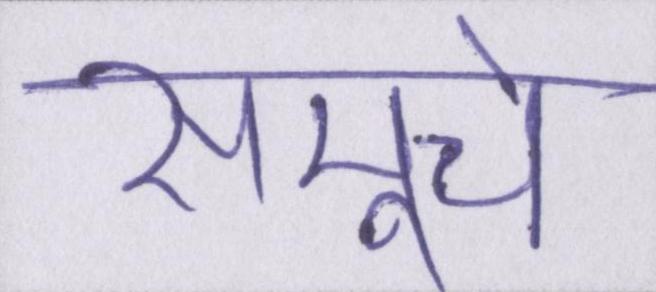
समूचे